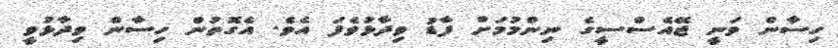
ހިސާން ވަނީ ޖޭއެސްސީގެ ނިންމުމަށް ފާޑު ވިދާޅުވެފަ އެެވެ. އެގޮތުން ހިސާން ވިދާޅުވީ